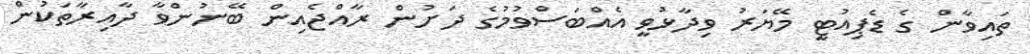
ތައިވާން ގެ ޑެޕިއުޓީ މޭޔަރު ވިދާޅުވީ އެއްބަސްވުމުގެ ދަށުން ރާއްޖެއިން ބޭނުންވާ ދާއިރާތަކުން